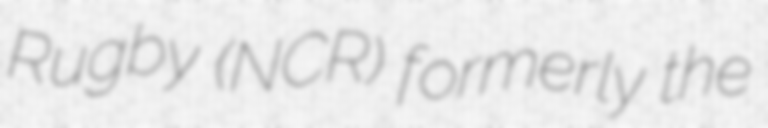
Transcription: Rugby (NCR) formerly the